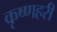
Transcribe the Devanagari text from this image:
कृष्णहरी